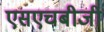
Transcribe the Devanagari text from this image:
एसएचबीजी